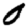
Digit: 0